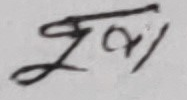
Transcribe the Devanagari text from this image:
ज्ञा